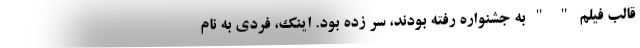
قالب فیلم " " به جشنواره رفته بودند، سر زده بود. اینک، فردی به نام